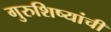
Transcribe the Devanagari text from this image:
गुरुशिष्यांची